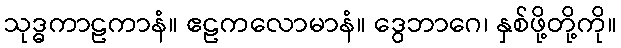
သုဒ္ဓကာဠကာနံ။ ဧဠကလောမာနံ။ ဒွေဘာဂေ၊ နှစ်ဖို့တို့ကို။